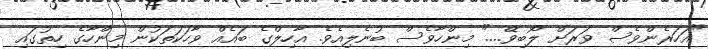
"އަހަރެންވެސް ވަރަށް ލޯބިވޭ...." މިންހާވެސް ބުނެލިއެވެ. އާހިލްގެ ބައެއް ވާހަކަތަކުން މިންހާގެ ހިތުގައި